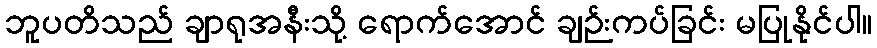
ဘူပတိသည် ချာရုအနီးသို့ ရောက်အောင် ချဉ်းကပ်ခြင်း မပြုနိုင်ပါ။